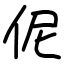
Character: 伲